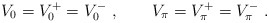
\begin{align*}V_{0}=V_{0}^{+}=V_{0}^{-}\ ,\qquad V_{\pi}=V_{\pi}^{+}=V_{\pi}^{-}\ .\end{align*}